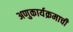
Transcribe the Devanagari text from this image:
अणुकार्यक्रमाची